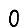
Digit: 0